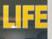
life